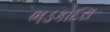
ભડકોદરા